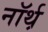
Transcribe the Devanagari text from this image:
नॉर्थ़